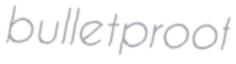
bulletproof